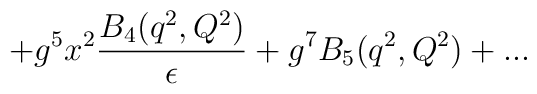
+g^5x^2{B_4(q^2,Q^2)\over \epsilon}+g^7B_5(q^2,Q^2)+...